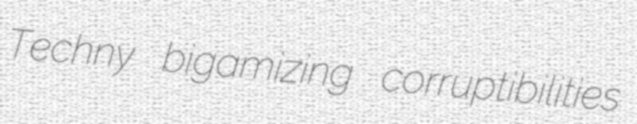
Techny bigamizing corruptibilities